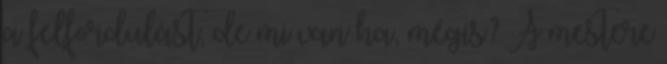
a felfordulást, de mi van ha, mégis? A mestere